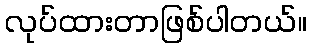
လုပ်ထားတာဖြစ်ပါတယ်။